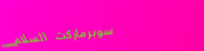
سوبرماركت السلام